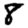
Digit: 8